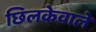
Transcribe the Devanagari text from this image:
छिलकेवाले